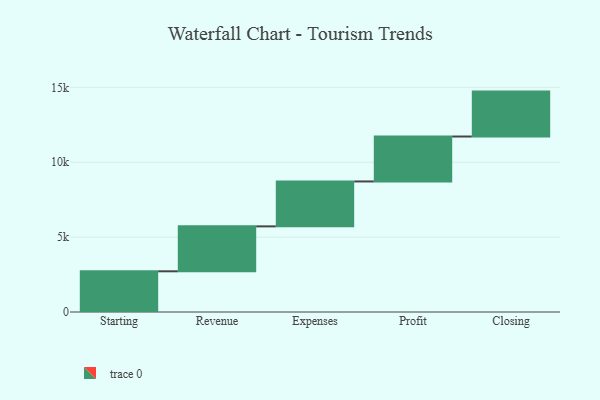
{"axis": {"x": "Step", "y": "Value"}, "legend": [""], "data": [{"x": "Starting", "y": 2718.0, "type": ""}, {"x": "Revenue", "y": 3000, "type": ""}, {"x": "Expenses", "y": 3000, "type": ""}, {"x": "Profit", "y": 3000, "type": ""}, {"x": "Closing", "y": 3000, "type": ""}]}